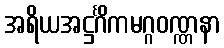
အရိယအဋ္ဌင်္ဂိကမဂ္ဂဝဏ္ဏနာ